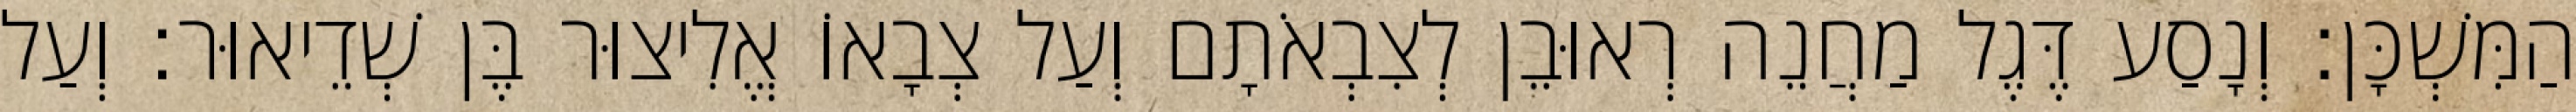
הַמִּשְׁכָּן׃ וְנָסַע דֶּגֶל מַחֲנֵה רְאוּבֵן לְצִבְאֹתָם וְעַל צְבָאוֹ אֱלִיצוּר בֶּן שְׁדֵיאוּר׃ וְעַל